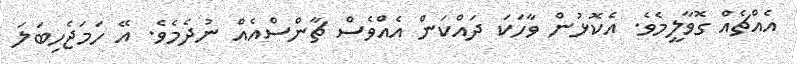
އެއްޗެއް ގޮވާލީމެވެ. އެކޮޅުން ވާހަކަ ދައްކަން އެއްވެސް ޗާންސްއެއް ނުދެމެވެ. އޭ ހަމަޖެހިބަލަ